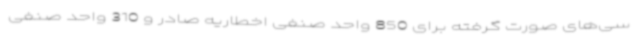
سی‌های صورت گرفته برای 850 واحد صنفی اخطاریه صادر و 310 واحد صنفی